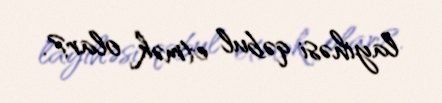
layihəsi qəbul etmək olar?.